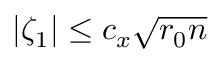
| \zeta _ { 1 } | \le c _ { x } \sqrt { r _ { 0 } n }